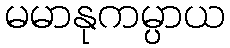
မမာနုကမ္ပာယ